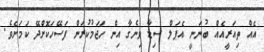
އެއް ތިއަރީއެއް ބުނަނީ އެޕަލް ސިޑާ ވިނެގާ އިން ހަޖަމުކުރަން ފަސޭހަކޮށްދޭ ކަމަށެވެ.